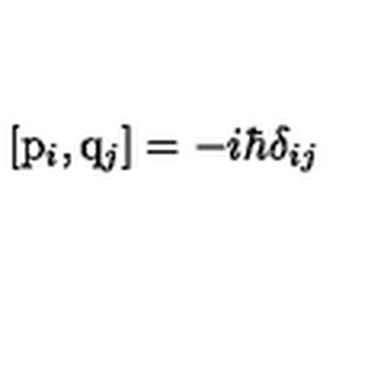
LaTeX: \left[ { \mathrm { \boldmath { p } } } _ { i } , { \mathrm { \boldmath { q } } } _ { j } \right] = - i \hbar \delta _ { i j }